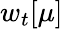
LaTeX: w_{t}[\mu]